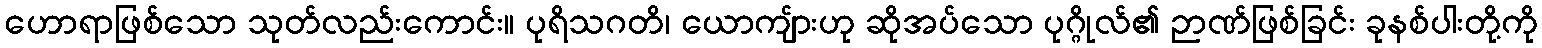
ဟောရာဖြစ်သော သုတ်လည်းကောင်း။ ပုရိသဂတိ၊ ယောကျ်ားဟု ဆိုအပ်သော ပုဂ္ဂိုလ်၏ ဉာဏ်ဖြစ်ခြင်း ခုနစ်ပါးတို့ကို